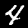
Label: 4